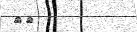
٧١